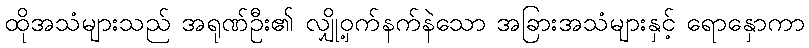
ထိုအသံများသည် အရုဏ်ဦး၏ လျှို့ဝှက်နက်နဲသော အခြားအသံများနှင့် ရောနှောကာ